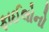
ફાઈલોનો